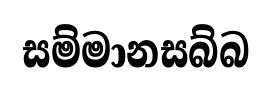
සම්මානසබ්බ